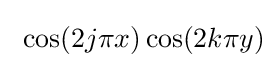
\ \cos(2j\pi x)\cos(2k\pi y)